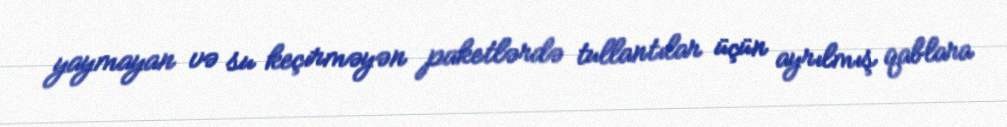
yaymayan və su keçirməyən paketlərdə tullantılar üçün ayrılmış qablara